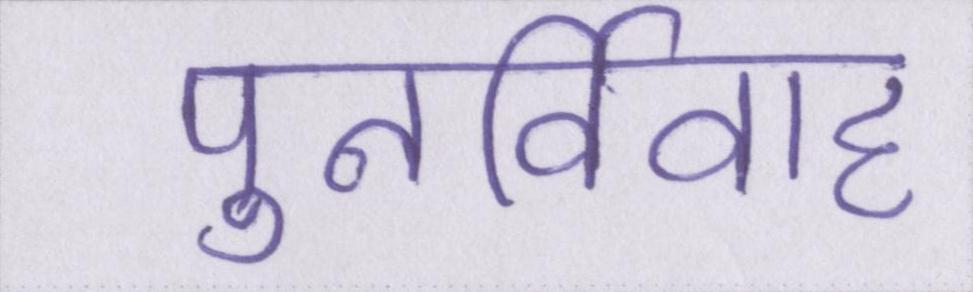
पुनर्विवाह